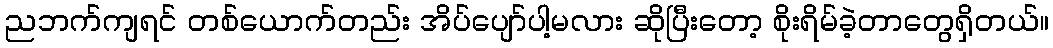
ညဘက်ကျရင် တစ်ယောက်တည်း အိပ်ပျော်ပါ့မလား ဆိုပြီးတော့ စိုးရိမ်ခဲ့တာတွေရှိတယ်။